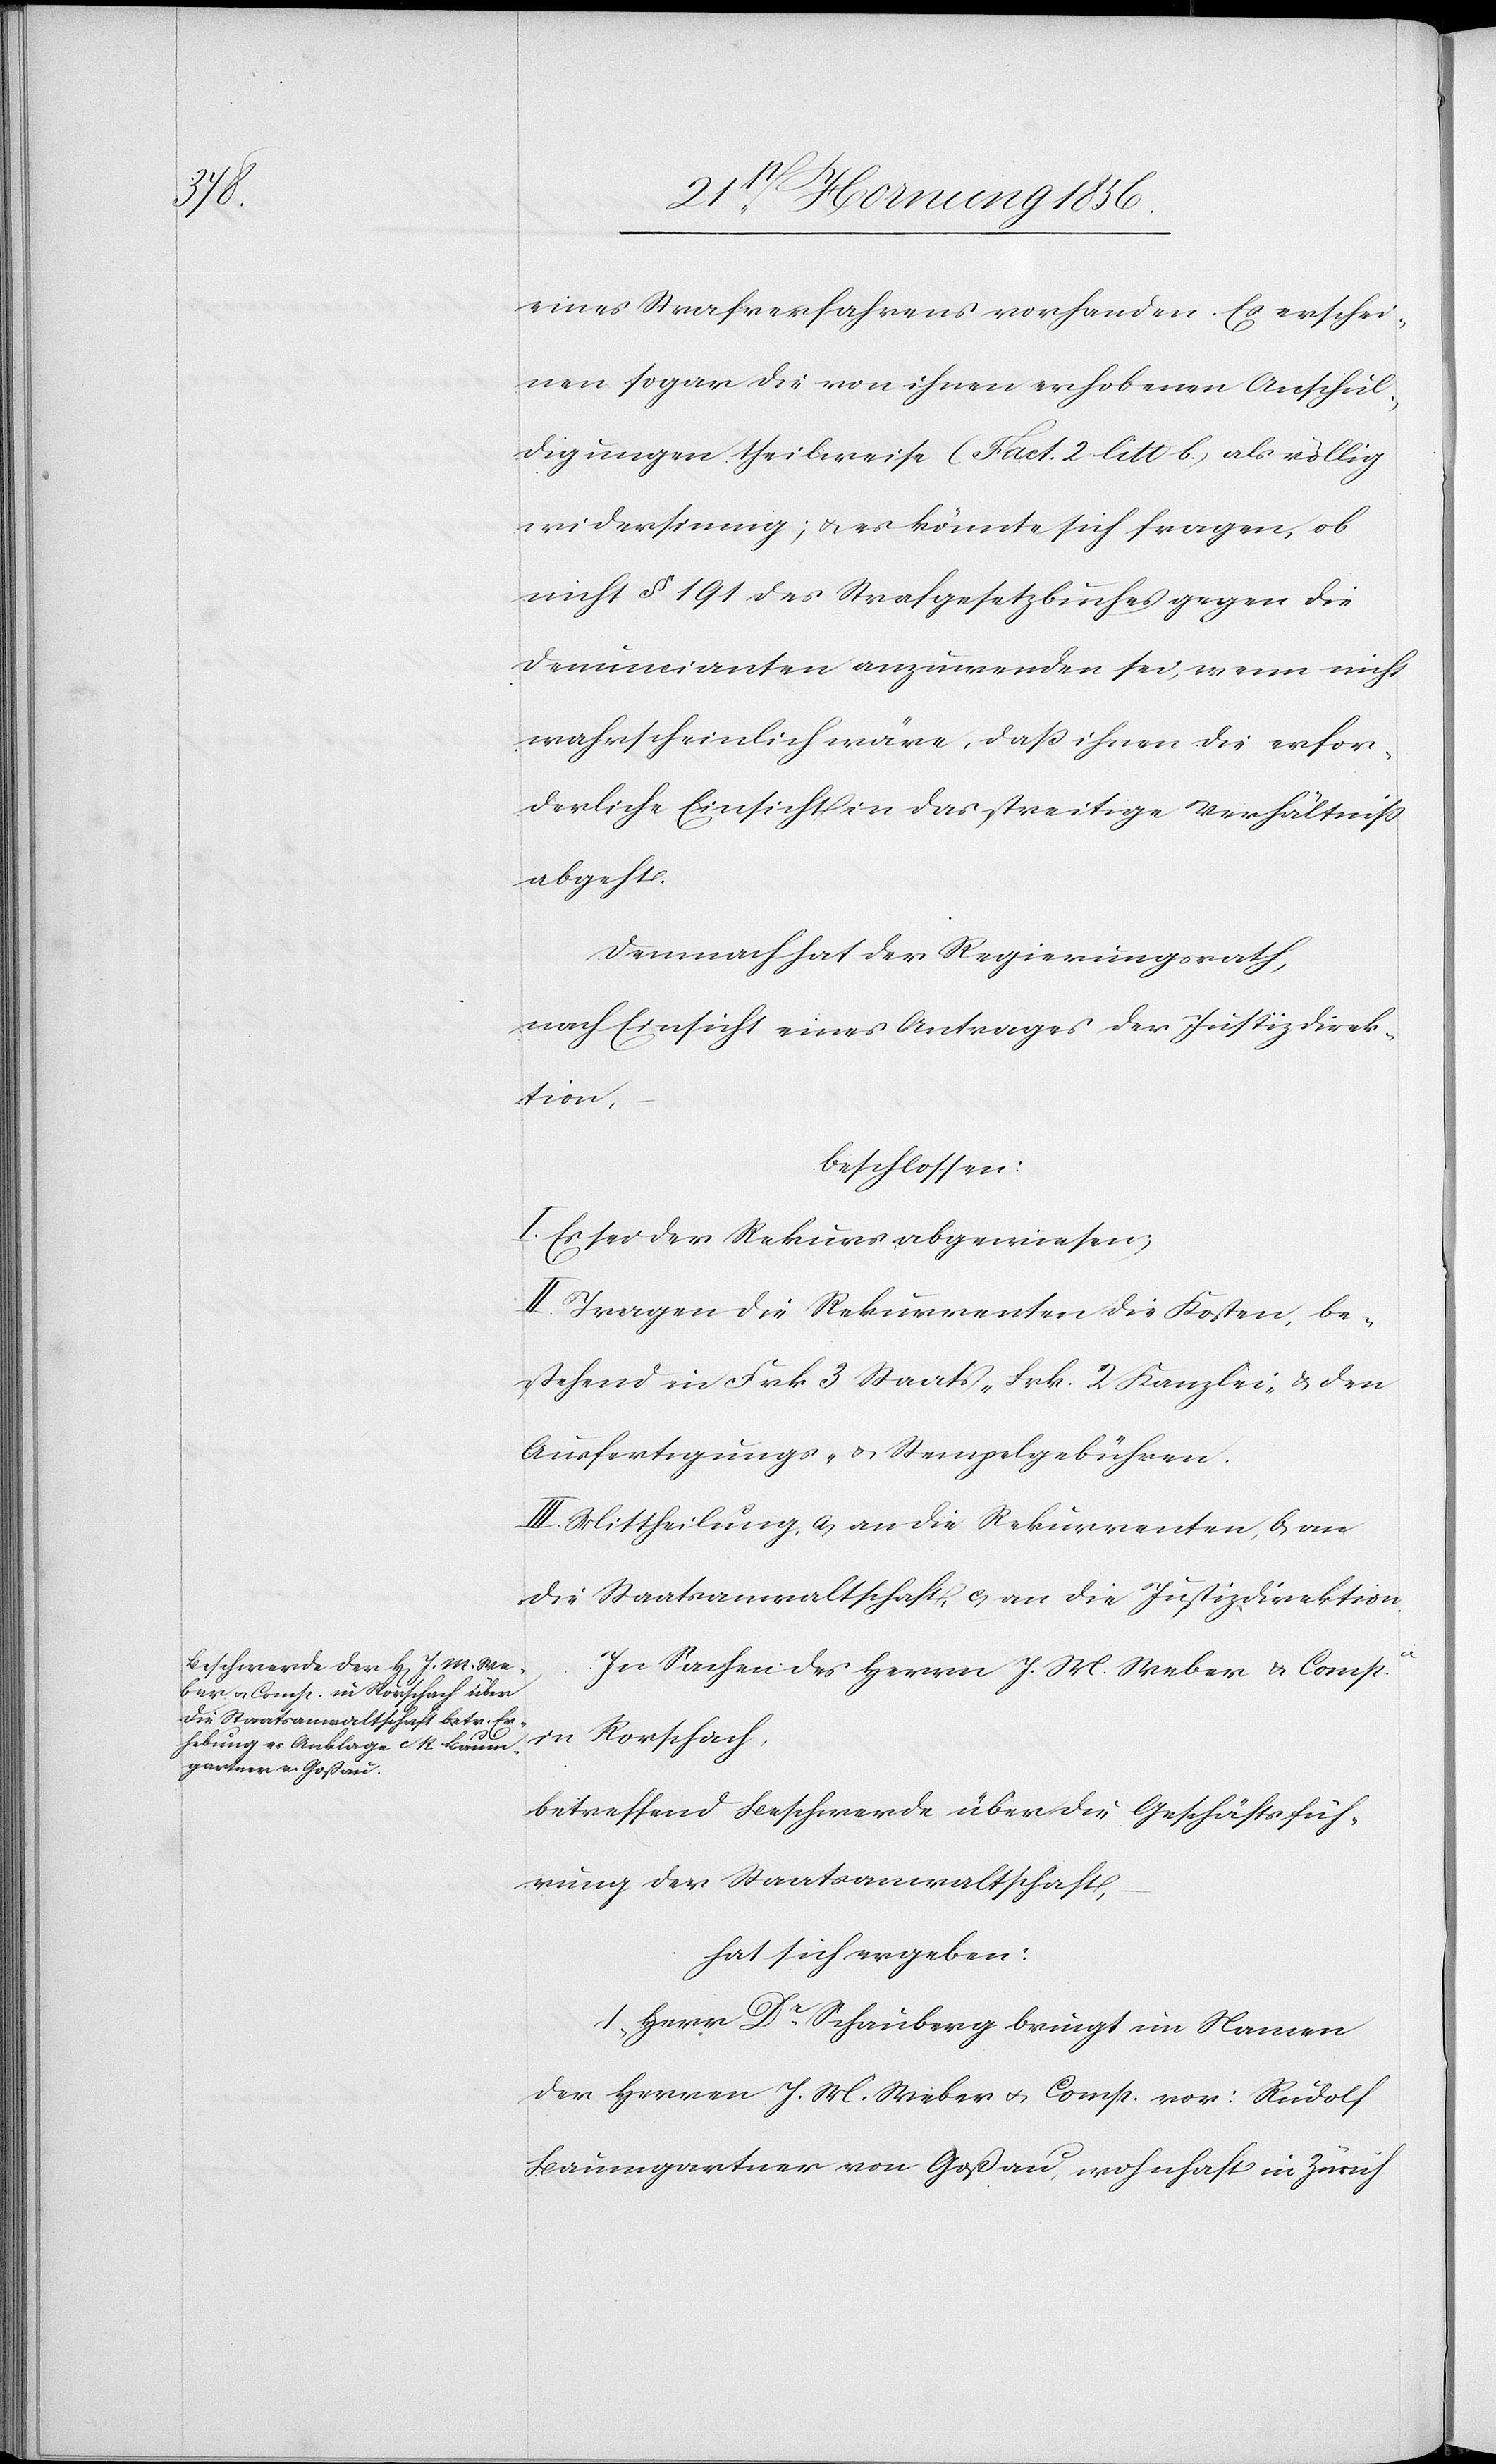
eines Strafverfahrens vorhanden. Es erschei¬
nen sogar die von ihnen erhobenen Anschul¬
digungen theilweise (Fact. 2 litt b) als völlig
widersinnig; u. es könnte sich fragen, ob
nicht § 191 des Strafgesetzbuches gegen die
Denuncianten anzuwenden sei, wenn nicht
wahrscheinlich wäre, daß ihnen die erfor¬
derliche Einsicht in das streitige Verhältniß
abgeht.
Demnach hat der Regierungsrath,
nach Einsicht eines Antrages der Justizdirek¬
tion,
–
beschlossen:
I. Es sei der Rekurs abgewiesen;
II. Tragen die Rekurrenten die Kosten, be¬
stehend in Frk 3 Staats-[,] Frk. 2 Kanzlei- & den
Ausfertigungs- u. Stempelgebühren.
III. Mittheilung, a, an die Rekurrenten, b, an
die Staatsanwaltschaft, c, an die Justizdirektion.
In Sachen des Herrn J. M. Weber & Compie.
in Rorschach,
betreffend Beschwerde über die Geschäftsfüh¬
rung der Staatsanwaltschaft,
hat sich ergeben:
1., Herr Dr Schauberg bringt im Namen
der Herren J. M. Weber u. Comp. vor: Rudolf
Baumgartner von Goßau, wohnhaft in Zürich